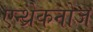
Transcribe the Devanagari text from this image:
एन्थ्रेकनोज